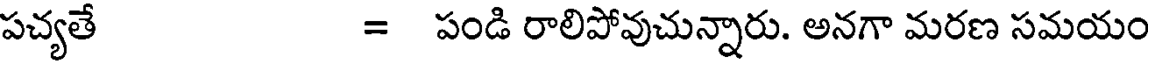
పచ్యతే = పండి రాలిపోవుచున్నారు. అనగా మరణ సమయం